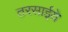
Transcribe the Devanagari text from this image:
तरसाईये